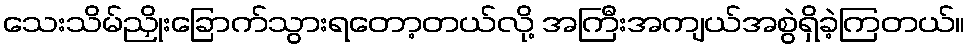
သေးသိမ်ညှိုးခြောက်သွားရတော့တယ်လို့ အကြီးအကျယ်အစွဲရှိခဲ့ကြတယ်။